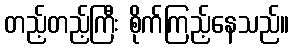
တည့်တည့်ကြီး စိုက်ကြည့်နေသည်။